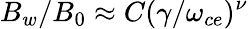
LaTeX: B_{w}/B_{0}\approx C(\gamma/\omega_{ce})^{\nu}